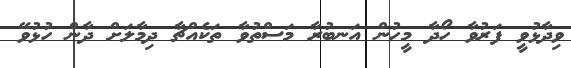
ވިދާޅުވީ ފަރުވާ ހޯދާ މީހުން އަނބުރާ މަސްތުވާ ތަކެއްޗާ ދިމާލަށް ދާން ހުޅުވޭ